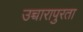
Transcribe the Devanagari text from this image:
उच्चारापुरता